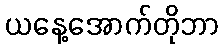
ယနေ့အောက်တိုဘာ